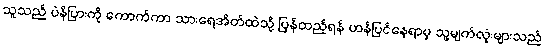
သူသည် ပဲနိပြားကို ကောက်ကာ သားရေအိတ်ထဲသို့ ပြန်ထည့်ရန် ဟန်ပြင်နေရာမှ သူ့မျက်လုံးများသည်